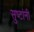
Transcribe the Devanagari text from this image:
सुष्टांनी